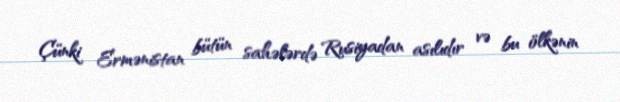
Çünki Ermənistan bütün sahələrdə Rusiyadan asılıdır və bu ölkənin